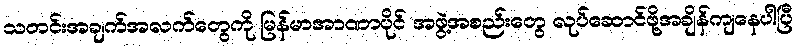
သတင်းအချက်အလက်တွေကို မြန်မာအာဏာပိုင် အဖွဲ့အစည်းတွေ လုပ်ဆောင်ဖို့အချိန်ကျနေပါပြီ